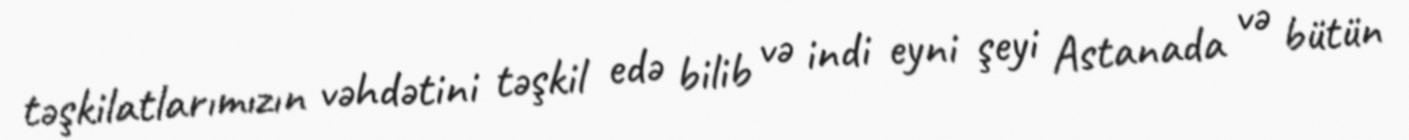
təşkilatlarımızın vəhdətini təşkil edə bilib və indi eyni şeyi Astanada və bütün